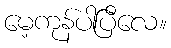
မေ့ကုန်ပါပြီလေ။